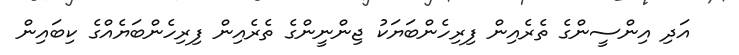
އަދި އިންސީންގެ ތެރެއިން ފިރިހެންބަޔަކު ޖިންނީންގެ ތެރެއިން ފިރިހެންބަޔެއްގެ ކިބައިން